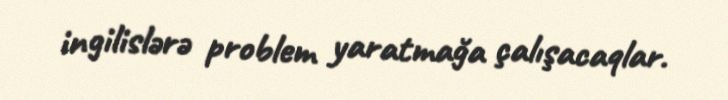
ingilislərə problem yaratmağa çalışacaqlar.